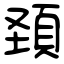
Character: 頚